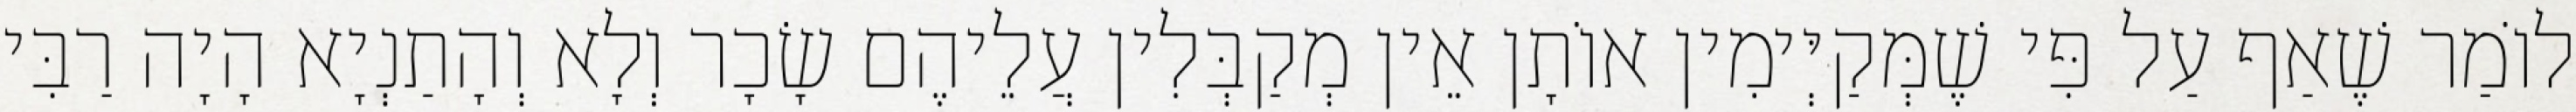
לוֹמַר שֶׁאַף עַל פִּי שֶׁמְּקַיְּימִין אוֹתָן אֵין מְקַבְּלִין עֲלֵיהֶם שָׂכָר וְלָא וְהָתַנְיָא הָיָה רַבִּי